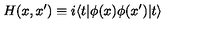
H ( x , x ^ { \prime } ) \equiv i \langle t | \phi ( x ) \phi ( x ^ { \prime } ) | t \rangle